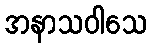
အနာသဝါသေ